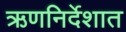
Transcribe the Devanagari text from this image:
ऋणनिर्देशात